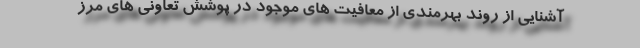
آشنایی از روند بهرمندی از معافیت های موجود در پوشش تعاونی های مرز